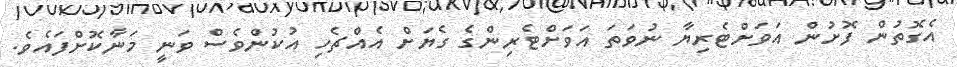
އެގޮތުން ފޮށުން އަވަށްޓެރިޔާ ނުވަތަ އަވަށްޓެރިންގެ ގެޔަށް އެއްޗެހި އުކުންވެސް ވަނީ މަނާކޮށްފައެވެ.